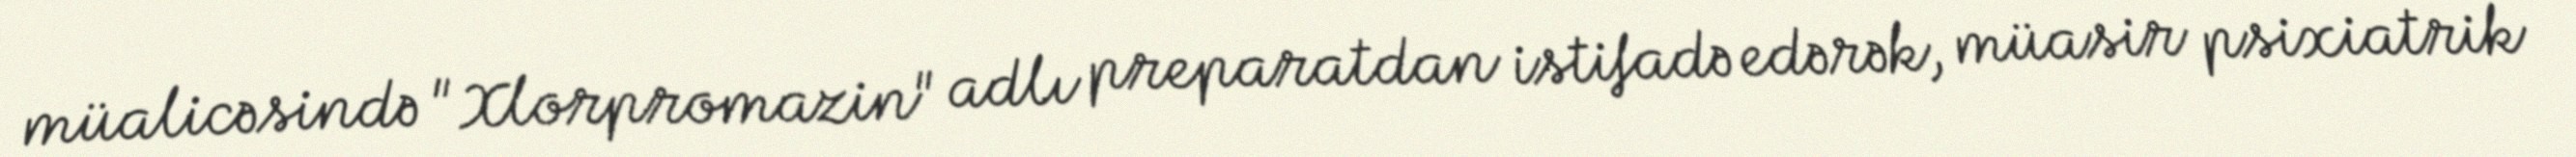
müalicəsində "Xlorpromazin" adlı preparatdan istifadə edərək, müasir psixiatrik